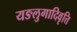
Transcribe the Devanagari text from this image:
यङलुगादिवृत्ति